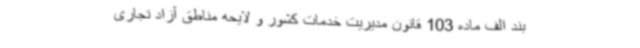
بند الف ماده 103 قانون مدیریت خدمات کشور و لایحه مناطق آزاد تجاری